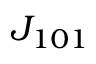
{ \cal J } _ { 1 0 1 }